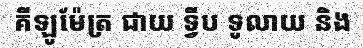
គីឡូម៉ែត្រ ជាយ ទ្វីប ទូលាយ និង